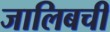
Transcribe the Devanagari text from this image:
जालिबची